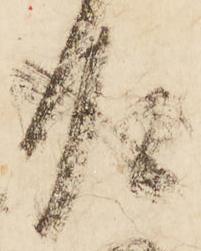
成